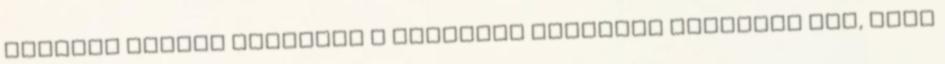
helyért vívott csatában a pontokra ugyanúgy szüksége van, mint